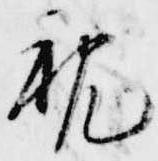
親